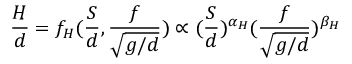
\frac { H } { d } = f _ { H } ( \frac { S } { d } , \frac { f } { \sqrt { g / d } } ) \propto ( \frac { S } { d } ) ^ { \alpha _ { H } } ( \frac { f } { \sqrt { g / d } } ) ^ { \beta _ { H } }